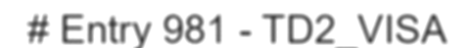
# Entry 981 - TD2_VISA